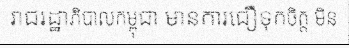
រាជរដ្ឋាភិបាលកម្ពុជា មានការជឿទុកចិត្ត មិន